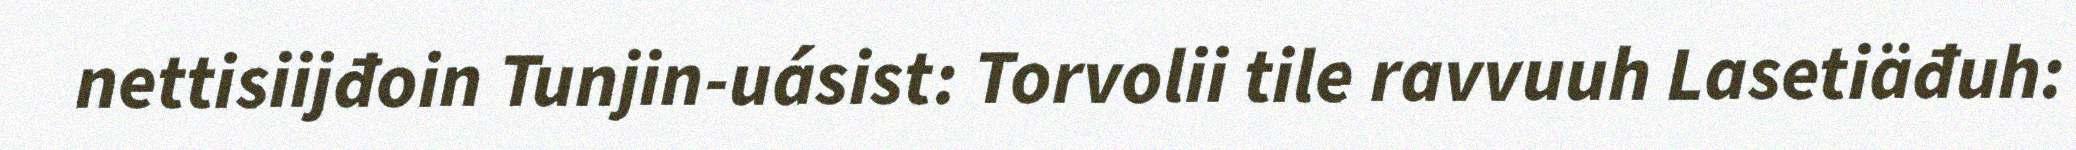
nettisiijđoin Tunjin-uásist: Torvolii tile ravvuuh Lasetiäđuh: